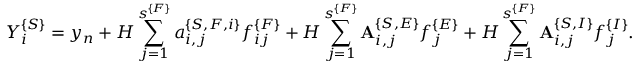
Y _ { i } ^ { \{ S \} } = y _ { n } + H \sum _ { j = 1 } ^ { s ^ { \{ F \} } } a _ { i , j } ^ { \{ S , F , i \} } f _ { i j } ^ { \{ F \} } + H \sum _ { j = 1 } ^ { s ^ { \{ F \} } } { \bf A } _ { i , j } ^ { \{ S , E \} } f _ { j } ^ { \{ E \} } + H \sum _ { j = 1 } ^ { s ^ { \{ F \} } } { \bf A } _ { i , j } ^ { \{ S , I \} } f _ { j } ^ { \{ I \} } .